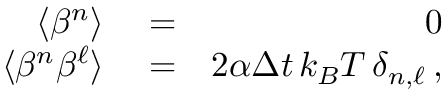
\begin{array} { r l r } { \langle \beta ^ { n } \rangle } & { { } = } & { 0 } \\ { \langle \beta ^ { n } \beta ^ { \ell } \rangle } & { { } = } & { 2 \alpha \Delta { t } \, k _ { B } T \, \delta _ { n , \ell } \, , } \end{array}